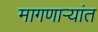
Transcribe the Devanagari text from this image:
मागणार्‍यांत